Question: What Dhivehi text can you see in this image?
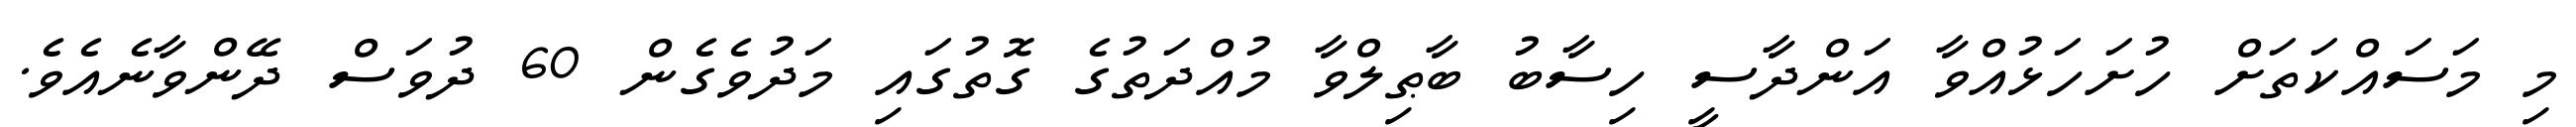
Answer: މި މަސައްކަތަށް ހުށަހަޅުއްވާ އަންދާސީ ހިސާބު ބާޠިލްވާ މުއްދަތުގެ ގޮތުގައި މަދުވެގެން 60 ދުވަސް ދޭންވާނެއެވެ.